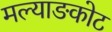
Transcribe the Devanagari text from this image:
मल्याङकोट